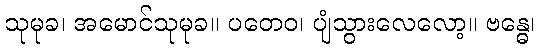
သုမုခ၊ အမောင်သုမုခ။ ပတေဝ၊ ပျံသွားလေလော့။ ဗန္ဓေ၊